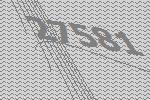
27581